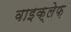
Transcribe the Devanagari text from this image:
वाइक्लेफ़